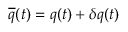
\overline { { { q } } } ( t ) = q ( t ) + \delta q ( t )